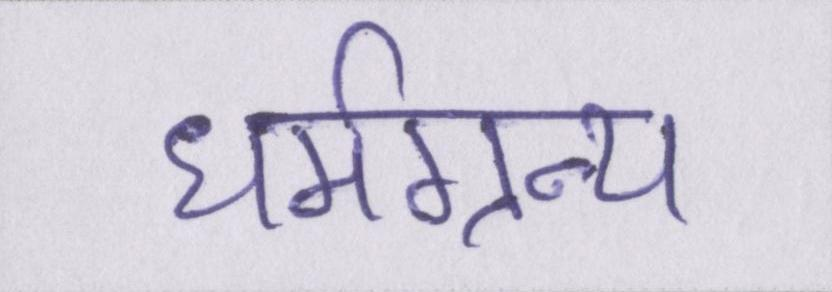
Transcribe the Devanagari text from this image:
धर्मग्रन्थ